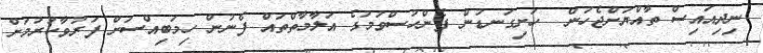
ނިދިއައިސް ތާއްޔަށްޖެހުން  ހަށިގަނޑުން ފެންހުސްވުމުގެ އަލާމާތްތައް ފެނުން ހިމަބިއްސަށް ފަރުވާކުރުމަށް